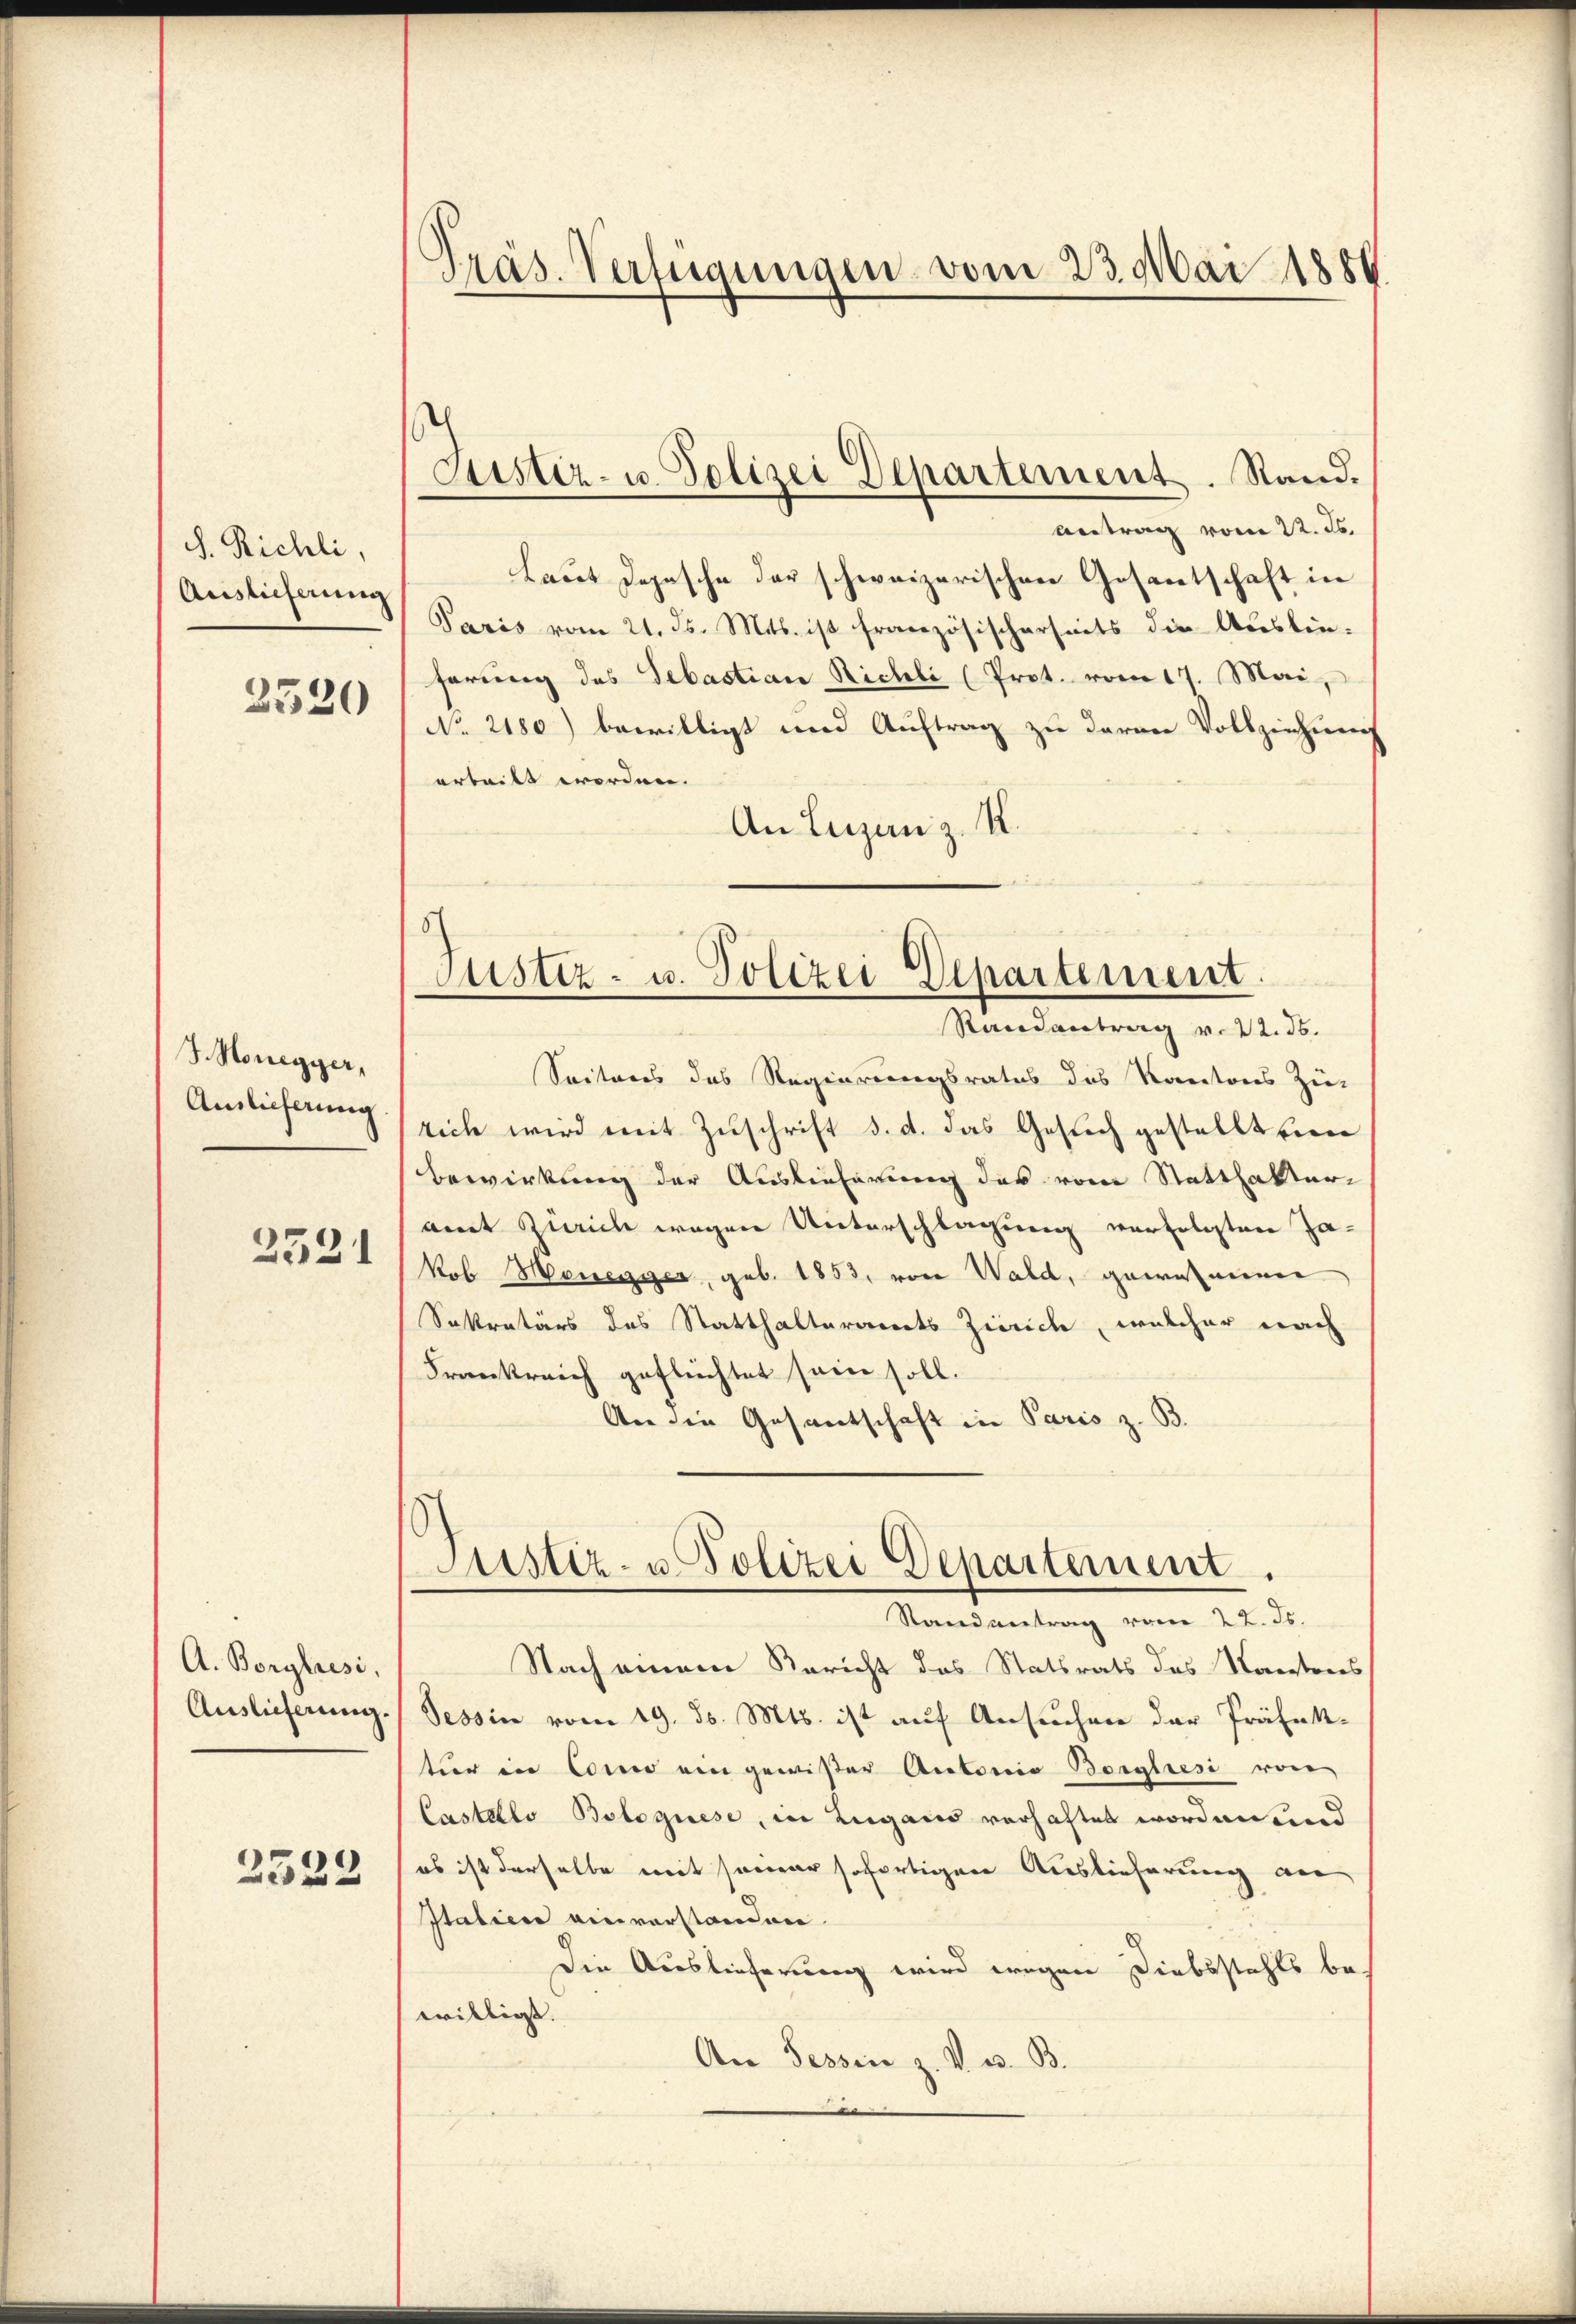
S. Richli,
Auslieferung

3520

J. Honegger,
Auslieferung

2321

A. Borylesi,
Auslieferung.

2322

Präs. Verfügungen vom 23. Mai 1880

Justiz- u. Polizei Departement. Stand.

Antrag vom 22. ds.
Laut Depesche der schweizerischen Gesantschaft in
Paris vom 21. ds. Mts. ist französischerseits die Auslieferung des Sebastian Richli (Prot. vom 17. Mai,
No. 2180) bewilligt und Auftrag zu daran Vollziehung
erteilt worden.
An Luzanz. R.

Justiz- u. Polizei Departement
Randantrag v. 22. ds.

Seiteres des Regierungsrates des Kantons Zu-
rich wird mit Zuschrift d. d. das Gesuch gestellt ein
bewirkung der Auslieferung des vom Statthalteramt Zürich wegen Unterschlagung verfolgten Ja-
kob Honegger, geb. 1853, von Wald, gewissenen
Sekretärs des Statthalteramts Zürich, welcher nach
Frankreich geflüchtet sein soll.
An die Gesantschaft in Paris z. B.

Nach einem Bericht das Statsrats des Kantons
Tessin vom 19. d. Mts. ist auf Ansuchen der Präfekter in Como ein gewißer Autoris Borghesi von
Castello Bolognese, in Lugano vorhaftet worden und
es ist derselbe mit seiner sofortigen Auslieferung an
Italien einverstanden.
Die Auslieferung wird wegen Diebsstehls be-
willigt.
An Tessin z. V. u. B.

Justiz- u. Polizei Departement.
Randantrag vom 22. Js.